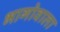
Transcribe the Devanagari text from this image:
भागोवाला